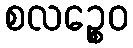
စလဉ္စေဝ